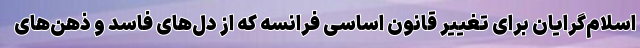
اسلام‌گرایان برای تغییر قانون اساسی فرانسه که از دل‌های فاسد و ذهن‌های